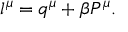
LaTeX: l ^ { \mu } = q ^ { \mu } + \beta P ^ { \mu } .